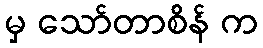
မှ သော်တာစိန် က